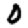
Digit: 0